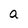
Character: a